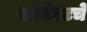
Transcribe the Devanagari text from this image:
व्होनेगटचे